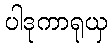
ပါဒုကာရုယှ